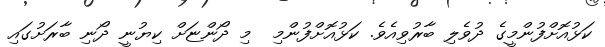
ކަޅުއޮށްފުންމީގެ ދުވެލި ބާރުވިއެވެ. ކަޅުއޮށްފުންމި  މި ދޯންޏަށް ކިޔުނީ ދޯނި ބާރަށުގައި